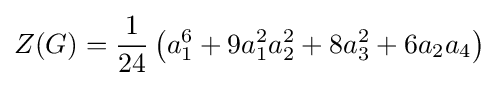
Z(G)={\frac {1}{24}}\left(a_{1}^{6}+9a_{1}^{2}a_{2}^{2}+8a_{3}^{2}+6a_{2}a_{4}\right)